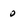
Character: 0